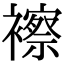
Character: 𧞍